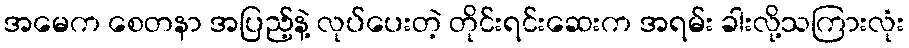
အမေက စေတနာ အပြည့်နဲ့ လုပ်ပေးတဲ့ တိုင်းရင်းဆေးက အရမ်း ခါးလို့သကြားလုံး